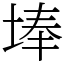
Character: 埲